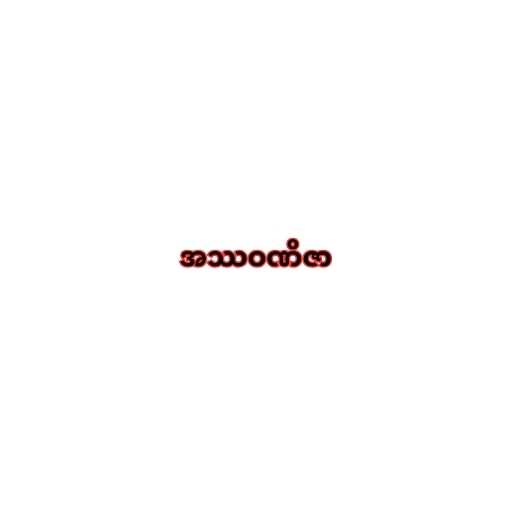
အဿဝဏိဇာ